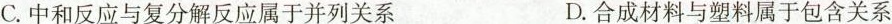
C.中和反应与复分解反应属于并列关系 D.合成材料与塑料属于包含关系